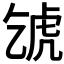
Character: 𧆦